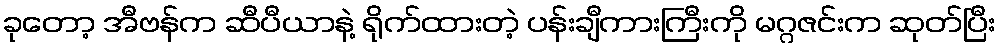
ခုတော့ အီဗန်က ဆီပီယာနဲ့ ရိုက်ထားတဲ့ ပန်းချီကားကြီးကို မဂ္ဂဇင်းက ဆုတ်ပြီး